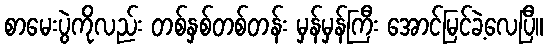
စာမေးပွဲကိုလည်း တစ်နှစ်တစ်တန်း မှန်မှန်ကြီး အောင်မြင်ခဲ့လေပြီ။